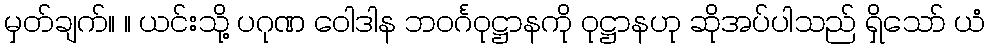
မှတ်ချက်။ ။ ယင်းသို့ ပဂုဏ ဝေါဒါန ဘဝင်္ဂဝုဋ္ဌာနကို ဝုဋ္ဌာနဟု ဆိုအပ်ပါသည် ရှိသော် ယံ